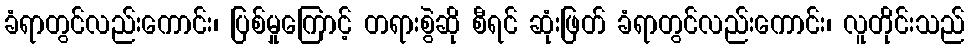
ခံရာတွင်လည်းကောင်း၊ ပြစ်မှုကြောင့် တရားစွဲဆို စီရင် ဆုံးဖြတ် ခံရာတွင်လည်းကောင်း၊ လူတိုင်းသည်